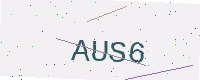
Text: AUS6